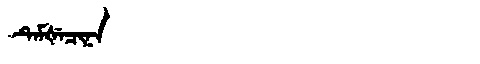
Manchu: ᡨᡝᠮᡧᡝᠴᡳᠨᠠ
Romanization: TEMŠECINA